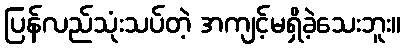
ပြန်လည်သုံးသပ်တဲ့ အကျင့်မရှိခဲ့သေးဘူး။